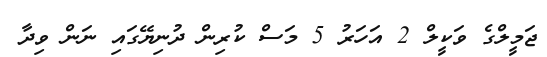
ޖަމީލްގެ ވަކީލް 2 އަހަރު 5 މަސް ކުރިން ދުނިޔޭގައި ނަން ވިދާ